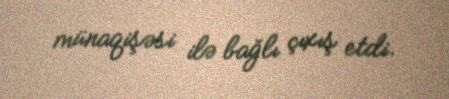
münaqişəsi ilə bağlı çıxış etdi.